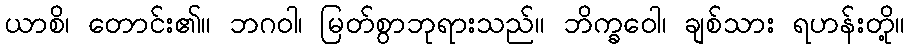
ယာစိ၊ တောင်း၏။ ဘဂဝါ၊ မြတ်စွာဘုရားသည်။ ဘိက္ခဝေါ၊ ချစ်သား ရဟန်းတို့။